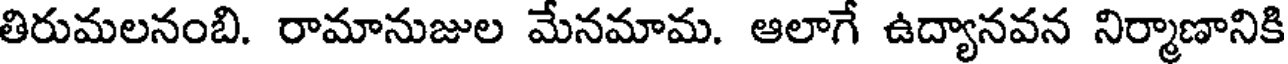
తిరుమలనంబి. రామానుజుల మేనమామ. ఆలాగే ఉద్యానవన నిర్మాణానికి